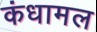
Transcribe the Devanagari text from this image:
कंधामल